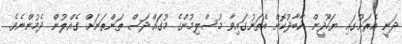
ދަނީ އެރަށުގައި ޔަހޫދީން އާބާދުކޮށް އެތަނުގައިވާ މުސްލިމުންގެ މުގައްދަސް ތަންތަނަށް ގެއްލުން ދެމުންނެވެ.